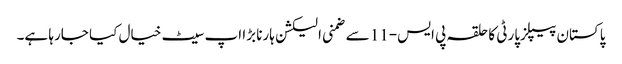
پاکستان پیپلزپارٹی کا حلقہ پی ایس-11 سے ضمنی الیکشن ہارنا بڑا اپ سیٹ خیال کیا جارہا ہے۔